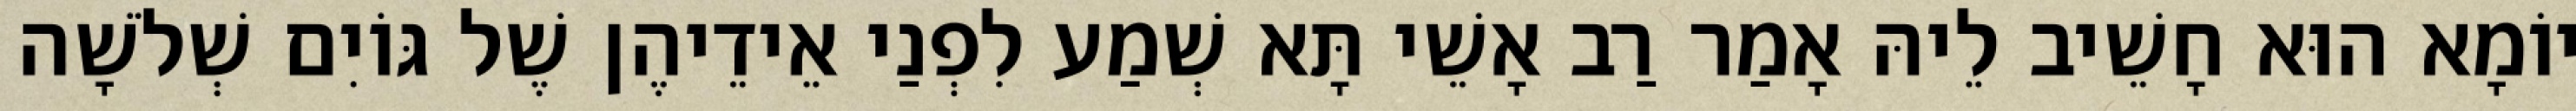
יוֹמָא הוּא חָשֵׁיב לֵיהּ אָמַר רַב אָשֵׁי תָּא שְׁמַע לִפְנַי אֵידֵיהֶן שֶׁל גּוֹיִם שְׁלֹשָׁה